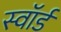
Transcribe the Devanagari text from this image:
स्‍वॉर्ड